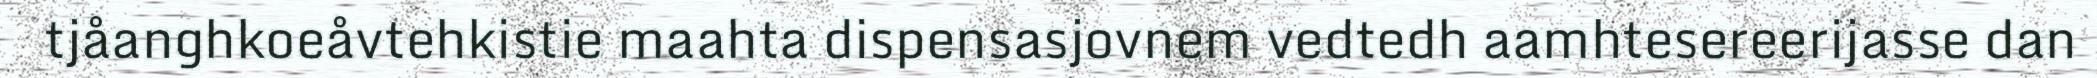
tjåanghkoeåvtehkistie maahta dispensasjovnem vedtedh aamhtesereerijasse dan